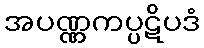
အပဏ္ဏကပ္ပဋိပဒံ